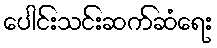
ပေါင်းသင်းဆက်ဆံရေး